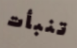
تنبأت